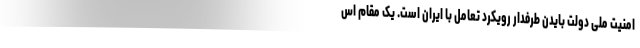
امنیت ملی دولت بایدن طرفدار رویکرد تعامل با ایران است. یک مقام اس